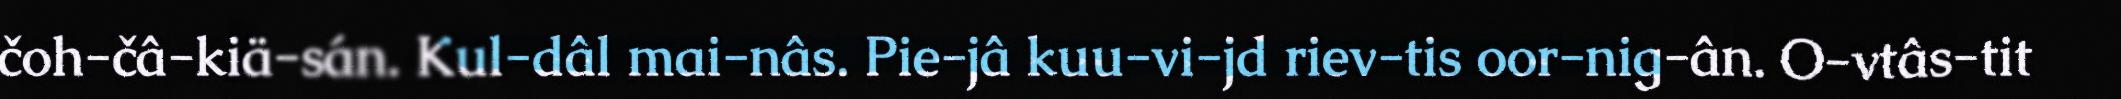
čoh-čâ-kiä-sán. Kul-dâl mai-nâs. Pie-jâ kuu-vi-jd riev-tis oor-nig-ân. O-vtâs-tit